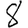
Digit: 8